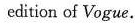
edition of Vogue.